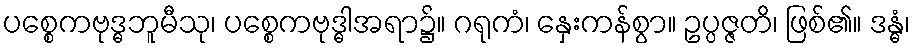
ပစ္စေကဗုဒ္ဓဘူမီသု၊ ပစ္စေကဗုဒ္ဓါအရာ၌။ ဂရုကံ၊ နှေးကန်စွာ။ ဥပ္ပဇ္ဇတိ၊ ဖြစ်၏။ ဒန္ဓံ၊